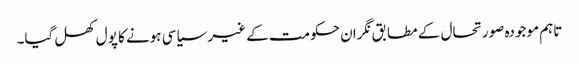
تاہم موجودہ صورتحال کے مطابق نگران حکومت کے غیر سیاسی ہونے کا پول کھل گیا۔